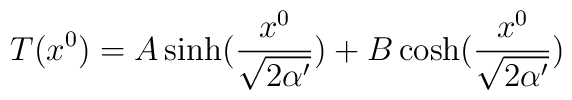
T(x^0)=A\sinh(\frac{x^0}{\sqrt{2\alpha'}})+B\cosh(\frac{x^0}{\sqrt{2\alpha'}})